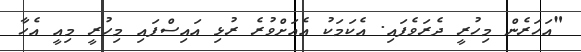
"އަހަރެން މިހުރީ ދެރަވެފައި. އެކަމަކު އެއަށްވުރެ ރުޅި އައިސްފައި މިހުރީ މިއީ އެހާ